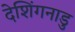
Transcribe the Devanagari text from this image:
देशिंगनाडु